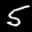
Label: 5